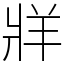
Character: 牂